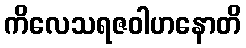
ကိလေသရဇဝါဟနောတိ